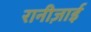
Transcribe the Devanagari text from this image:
रानीज़ाई